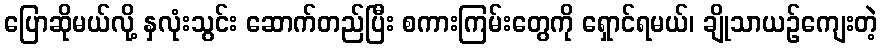
ပြောဆိုမယ်လို့ နှလုံးသွင်း ဆောက်တည်ပြီး စကားကြမ်းတွေကို ရှောင်ရမယ်၊ ချိုသာယဉ်ကျေးတဲ့